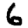
Digit: 6